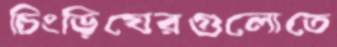
চিংড়িঘেরগুলোতে